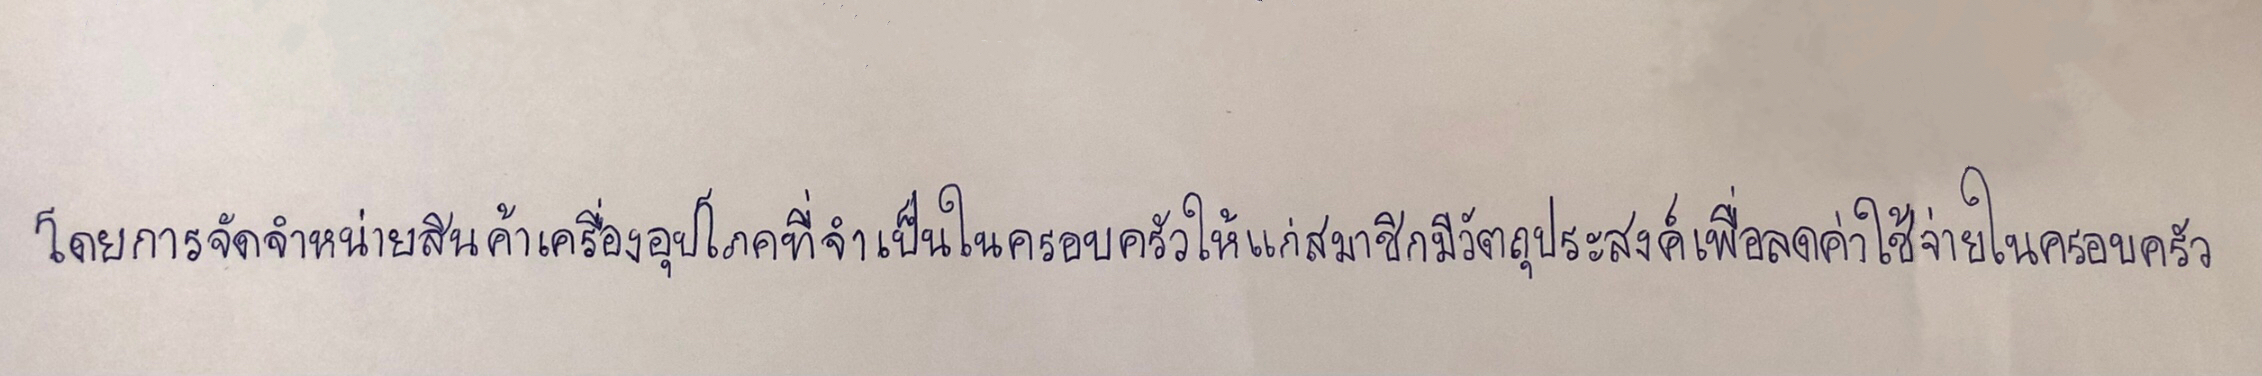
โดยการจัดจำหน่ายสินค้าเครื่องอุปโภคบริโภคที่จำเป็นในครอบครัวให้แก่สมาชิกมีวัตถุประสงค์เพื่อลดค่าใช้จ่ายในครอบครัว